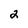
Character: 2